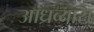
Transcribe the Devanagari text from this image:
आंध्रव्यास